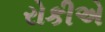
રોકીએ